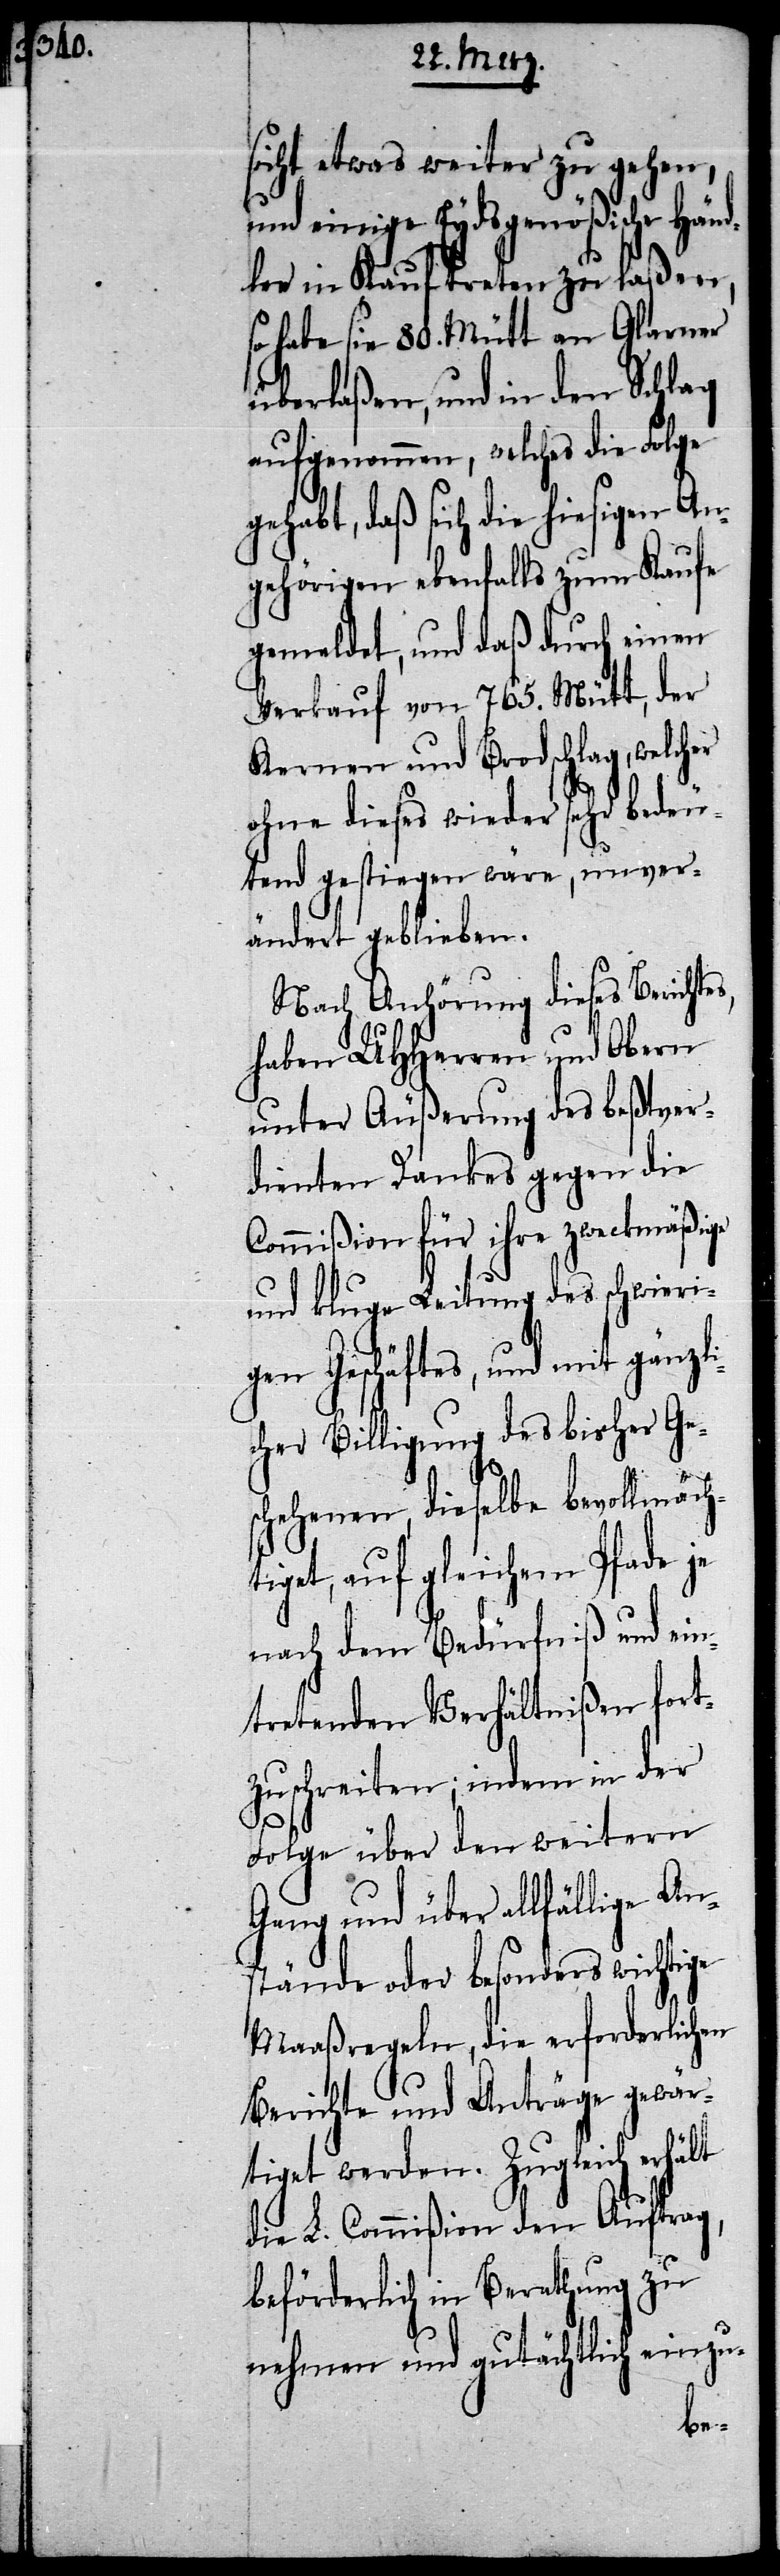
sicht etwas weiter zu gehen,
und einige Eydsgenößische Händ¬
ler in Kauf treten zu laßen,
so habe sie 80. Mütt an Glarner
überlaßen, und in den Schlag
aufgenommen, welches die Folge
gehabt, daß sich die hiesigen An¬
gehörigen ebenfalls zum Kaufe
gemeldet, und daß durch einen
Verkauf von 765. Mütt, der
Kernen und Brodschlag, welcher
ohne dieses wieder sehr bedeu¬
tend gestiegen wäre, unver¬
ändert geblieben.
Nach Anhörung dieses Berichtes,
haben UHHerren und Obern
unter Äußerung des beßtver¬
dienten Dankes gegen die
Commißion für ihre zweckmäßige
und kluge Leitung des schwieri¬
gen Geschäftes, und mit gänzli¬
cher Billigung des bisher Ge¬
schehenen, dieselbe bevollmäch¬
tiget, auf gleichem Pfade je
nach dem Bedürfniß und ein¬
tretenden Verhältnißen fort¬
zuschreiten; indem in der
Folge über den weitern
Gang und über allfällige An¬
stände oder besonders wichtige
Maaßregeln, die erforderlichen
Berichte und Anträge gewär¬
tiget werden. Zugleich erhält
die L. Commißion den Auftrag,
beförderlich in Berathung zu
nehmen und gutächtlich einzu-